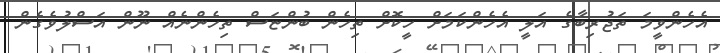
އެހެންވީމަ ތަޖުރިބާގެ އަލީ އެހެންކަމަށް ހީކޮށް ތިހެން ބުންޏަސް ތިހެންނެއް ނޫން އަސްލުވެގެން